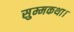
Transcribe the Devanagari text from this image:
सुम्मकथा।